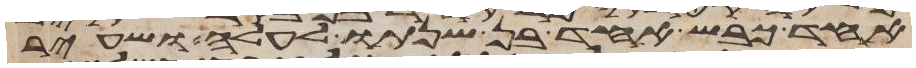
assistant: אחד כבש אחד בן שנתו לעלה ושעיר